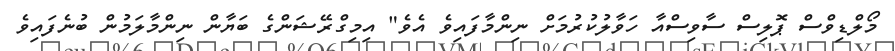
މޯލްޑިވްސް ޕޮލިސް ސާވިސްއާ ހަވާލުކުރުމަށް ނިންމާފައިވެ އެވެ" އިމިގްރޭޝަންގެ ބަޔާން ނިންމާލަމުން ބުނެފައިވެ